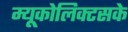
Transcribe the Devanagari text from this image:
म्यूकोलिक्टसके